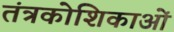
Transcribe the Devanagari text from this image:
तंत्रकोशिकाओं